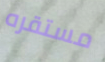
مستقره